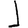
Digit: 1